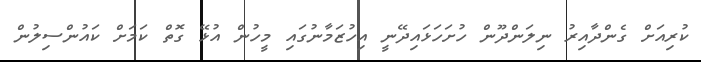
ކުރިއަށް ގެންދާއިރު ނިލަންދޫން ހުށަހަޅައިދޭނީ އިހުޒަމާނުގައި މީހުން އުޅޭ ގޮތް ކަމަށް ކައުންސިލުން